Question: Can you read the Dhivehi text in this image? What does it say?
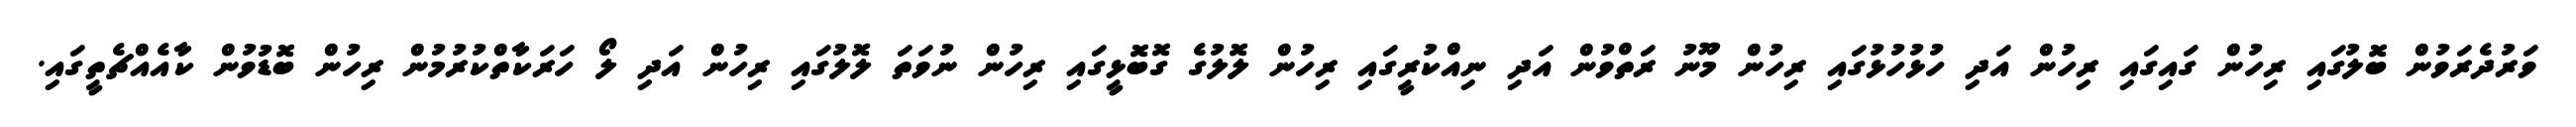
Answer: ވަރުދެރަވުން ބޮލުގައި ރިހުން ގައިގައި ރިހުން އަދި ހުޅުހުޅުގައި ރިހުން މޫނު ރަތްވުން އަދި ނިއްކުރީގައި ރިހުން ލޮލުގެ ގޮބޮޅީގައި ރިހުން ނުވަތަ ލޮލުގައި ރިހުން އަދި ލޯ ހަރަކާތްކުރުމުން ރިހުން ބޮޑުވުން ކާއެއްޗެތީގައި.